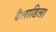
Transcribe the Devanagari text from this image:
बैलाडिला